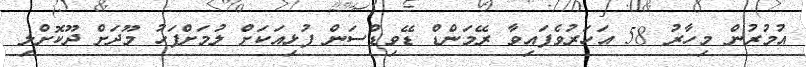
އުމުރުން މިހާރު 58 އަހަރުވެފައިވާ ރޭމަންޑް ޑޭވިޑްސަން ފުޅިއަކަށް ލުމަށްފަހު މޫދަށް ދޫކޮށްލި